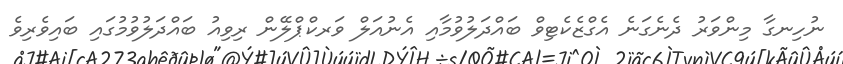
ނުހިނގާ މިންވަރު ދެނެގަނެ އެގްޒެކެޓިވް ބައްދަލުވުމާއި އެނުއަލް ވަރކްޕްލޭން ރިވިއު ބައްދަލުވުމުގައި ބައިވެރިވެ